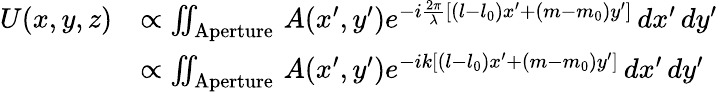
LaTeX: {\begin{array}{rl}{U(x,y,z)}&{\propto\iint_{\mathrm{Aperture}}\, A(x^{\prime},y^{\prime})e^{-i{\frac{2\pi}{\lambda}}\left[(l-l_{0})x^{\prime}+(m-m_{0})y^{\prime}\right]}\, dx^{\prime}\, dy^{\prime}}\\ &{\propto\iint_{\mathrm{Aperture}}\, A(x^{\prime},y^{\prime})e^{-ik\left[(l-l_{0})x^{\prime}+(m-m_{0})y^{\prime}\right]}\, dx^{\prime}\, dy^{\prime}}\end{array}}